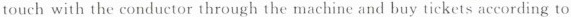
touch with the conductor through the machine and buy tickets according to